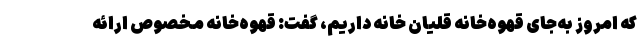
که امروز به‌جای قهوه‌خانه قلیان خانه داریم، گفت: قهوه‌خانه مخصوص ارائه